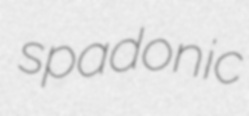
spadonic